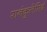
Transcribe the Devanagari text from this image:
रानंकुलेसिई